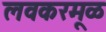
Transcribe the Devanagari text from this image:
लवकरमूळ